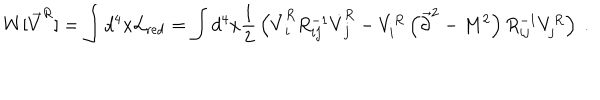
W [ \vec { V } ^ { R } ] = \int d ^ { 4 } x { \cal L } _ { \mathrm { r e d } } = \int d ^ { 4 } x { \frac { 1 } { 2 } } \left( \dot { V } _ { i } ^ { R } R _ { i j } ^ { - 1 } \dot { V } _ { j } ^ { R } - V _ { i } ^ { R } \left( \vec { \partial } ^ { 2 } - M ^ { 2 } \right) R _ { i j } ^ { - 1 } V _ { j } ^ { R } \right) ~ .